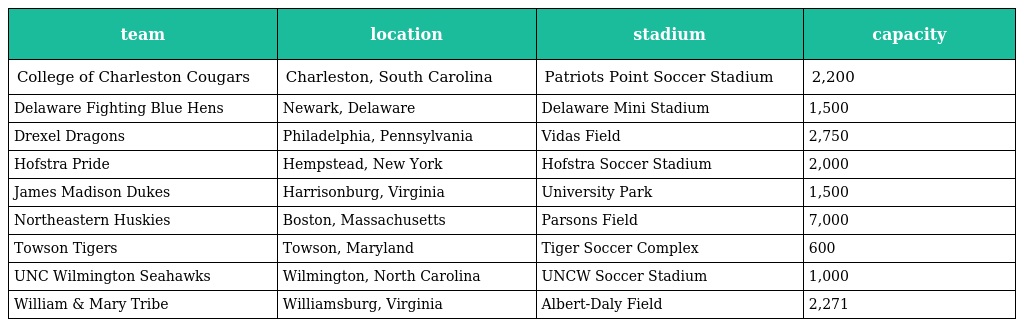
| team | location | stadium | capacity |
 | --- | --- | --- | --- |
 | College of Charleston Cougars | Charleston, South Carolina | Patriots Point Soccer Stadium | 2,200 |
 | Delaware Fighting Blue Hens | Newark, Delaware | Delaware Mini Stadium | 1,500 |
 | Drexel Dragons | Philadelphia, Pennsylvania | Vidas Field | 2,750 |
 | Hofstra Pride | Hempstead, New York | Hofstra Soccer Stadium | 2,000 |
 | James Madison Dukes | Harrisonburg, Virginia | University Park | 1,500 |
 | Northeastern Huskies | Boston, Massachusetts | Parsons Field | 7,000 |
 | Towson Tigers | Towson, Maryland | Tiger Soccer Complex | 600 |
 | UNC Wilmington Seahawks | Wilmington, North Carolina | UNCW Soccer Stadium | 1,000 |
 | William & Mary Tribe | Williamsburg, Virginia | Albert-Daly Field | 2,271 |